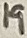
Text: 19